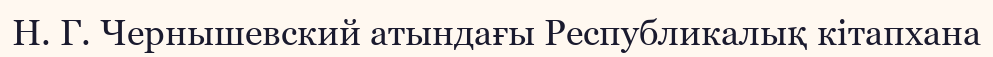
Н. Г. Чернышевский атындағы Республикалық кітапхана